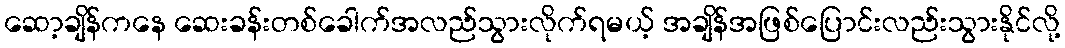
ဆော့ချိန်ကနေ ဆေးခန်းတစ်ခေါက်အလည်သွားလိုက်ရမယ့် အချိန်အဖြစ်ပြောင်းလည်းသွားနိုင်လို့